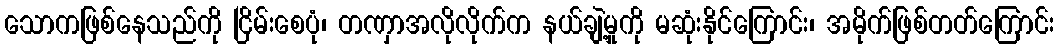
သောကဖြစ်နေသည်ကို ငြိမ်းစေပုံ၊ တဏှာအလိုလိုက်က နယ်ချဲ့မှုကို မဆုံးနိုင်ကြောင်း၊ အမိုက်ဖြစ်တတ်ကြောင်း